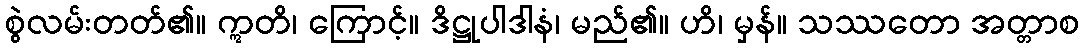
စွဲလမ်းတတ်၏။ ဣတိ၊ ကြောင့်။ ဒိဋ္ဌုပါဒါနံ၊ မည်၏။ ဟိ၊ မှန်။ သဿတော အတ္တာစ